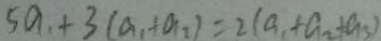
5 a + 3 ( a _ { 1 } + a _ { 2 } ) = 2 ( a _ { 1 } + a _ { 2 } + a _ { 3 } )